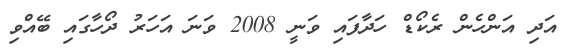
އަދި އަންހެން ރެކޯޑް ހަދާފައި ވަނީ 2008 ވަނަ އަހަރު ދޯހާގައި ބޭއްވި